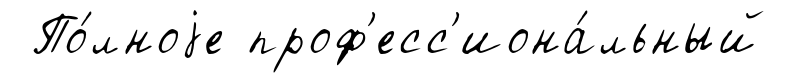
По́лноjе проф'есс'иона́льный